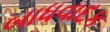
બાધવાદક